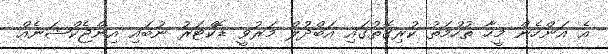
އެ އަންހެން މީހާ ތުހުމަތު ކުރިގޮތުގައި އަބްދުލް މަރުވީ ޑޮކްޓަރު ނުބައި އިންޖެކްޝަނެއް